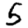
Digit: 5